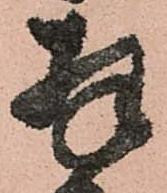
拝